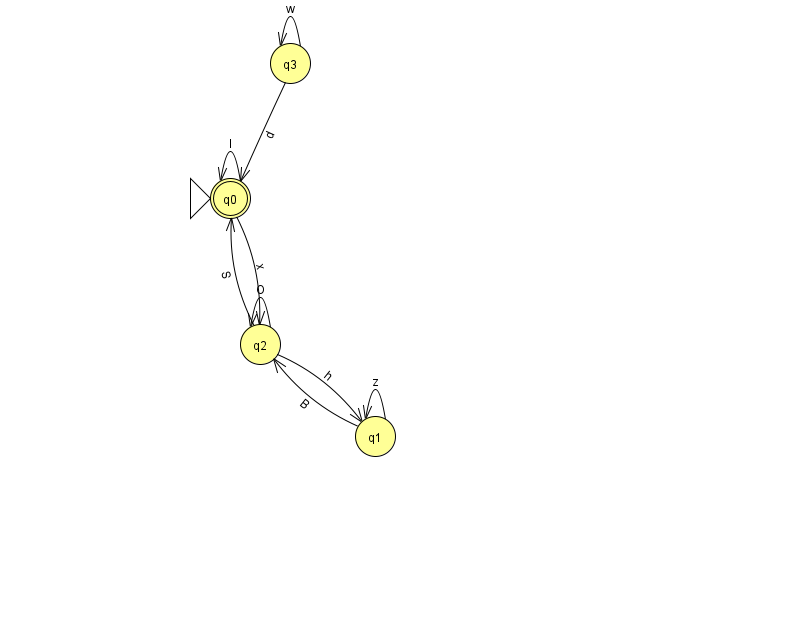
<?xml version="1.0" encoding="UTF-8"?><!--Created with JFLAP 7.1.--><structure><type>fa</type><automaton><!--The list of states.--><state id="0" name="q0"><x>230.0</x><y>185.0</y><initial/><final/></state><state id="1" name="q1"><x>375.0</x><y>423.0</y></state><state id="2" name="q2"><x>260.0</x><y>331.0</y></state><state id="3" name="q3"><x>290.0</x><y>50.0</y></state><!--The list of transitions.--><transition><from>0</from><to>2</to><read>x</read></transition><transition><from>1</from><to>2</to><read>B</read></transition><transition><from>3</from><to>0</to><read>d</read></transition><transition><from>3</from><to>3</to><read>w</read></transition><transition><from>1</from><to>1</to><read>z</read></transition><transition><from>0</from><to>0</to><read>l</read></transition><transition><from>2</from><to>0</to><read>S</read></transition><transition><from>2</from><to>1</to><read>h</read></transition><transition><from>2</from><to>2</to><read>O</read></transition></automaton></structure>